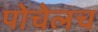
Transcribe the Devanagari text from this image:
पोचेलच